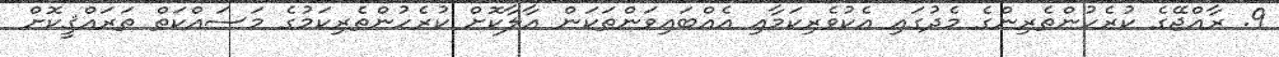
9. ރާއްޖޭގެ ކުރެހުންތެރިންގެ މެދުގައި އެކުވެރިކަމާއި އެއްބައިވަންތަކަން އާލާކޮށް ކުރެހުންތެރިކަމުގެ މަސައްކަތް ތަރައްޤީކޮށް